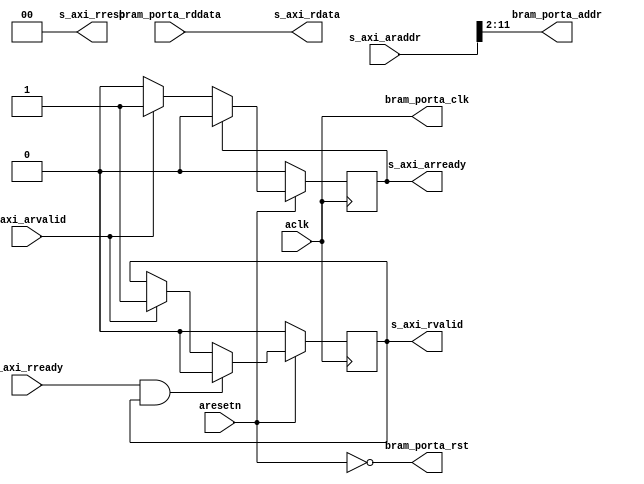
module axi_bram_reader #
(
  parameter integer AXI_DATA_WIDTH = 32,
  parameter integer AXI_ADDR_WIDTH = 32,
  parameter integer BRAM_DATA_WIDTH = 32,
  parameter integer BRAM_ADDR_WIDTH = 10
)
(
  input  wire                       aclk,
  input  wire                       aresetn,
  input  wire [AXI_ADDR_WIDTH-1:0]  s_axi_araddr,  
  input  wire                       s_axi_arvalid, 
  output wire                       s_axi_arready, 
  output wire [AXI_DATA_WIDTH-1:0]  s_axi_rdata,   
  output wire [1:0]                 s_axi_rresp,   
  output wire                       s_axi_rvalid,  
  input  wire                       s_axi_rready,  
  output wire                       bram_porta_clk,
  output wire                       bram_porta_rst,
  output wire [BRAM_ADDR_WIDTH-1:0] bram_porta_addr,
  input  wire [BRAM_DATA_WIDTH-1:0] bram_porta_rddata
);
  function integer clogb2 (input integer value);
    for(clogb2 = 0; value > 0; clogb2 = clogb2 + 1) value = value >> 1;
  endfunction
  localparam integer ADDR_LSB = clogb2(AXI_DATA_WIDTH/8 - 1);
  reg int_arready_reg, int_arready_next;
  reg int_rvalid_reg, int_rvalid_next;
  always @(posedge aclk)
  begin
    if(~aresetn)
    begin
      int_arready_reg <= 1'b0;
      int_rvalid_reg <= 1'b0;
    end
    else
    begin
      int_arready_reg <= int_arready_next;
      int_rvalid_reg <= int_rvalid_next;
    end
  end
  always @*
  begin
    int_arready_next = int_arready_reg;
    int_rvalid_next = int_rvalid_reg;
    if(s_axi_arvalid)
    begin
      int_arready_next = 1'b1;
      int_rvalid_next = 1'b1;
    end
    if(int_arready_reg)
    begin
      int_arready_next = 1'b0;
    end
    if(s_axi_rready & int_rvalid_reg)
    begin
      int_rvalid_next = 1'b0;
    end
  end
  assign s_axi_rresp = 2'd0;
  assign s_axi_arready = int_arready_reg;
  assign s_axi_rdata = bram_porta_rddata;
  assign s_axi_rvalid = int_rvalid_reg;
  assign bram_porta_clk = aclk;
  assign bram_porta_rst = ~aresetn;
  assign bram_porta_addr = s_axi_araddr[ADDR_LSB+BRAM_ADDR_WIDTH-1:ADDR_LSB];
endmodule